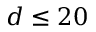
d \leq 2 0